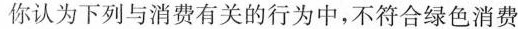
你认为下列与消费有关的行为中，不符合绿色消费